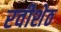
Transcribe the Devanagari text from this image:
रवीशेठ